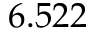
6 . 5 2 2